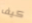
كيف